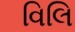
વિલિ